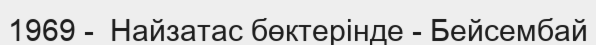
1969 -  Найзатас бөктерінде - Бейсембай